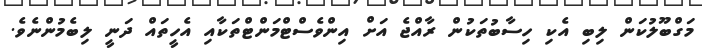
މަގްބޫލުކަން ލިބި އެކި ހިސާބުތަކުން ރާއްޖެ އަށް އިންވެސްޓްމަންޓްތަކާއި އެހީތައް ދަނީ ލިބެމުންނެވެ.